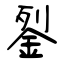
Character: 銐